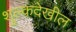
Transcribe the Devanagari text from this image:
शुल्कदेखील